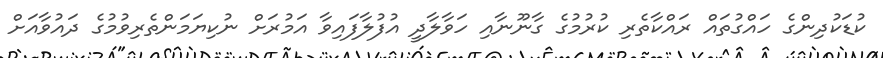
ކުޑަކުދިންގެ ހައްގުތައް ރައްކާތެރި ކުރުމުގެ ގާނޫނާއި ހަވާލާދީ އުފުލާފައިވާ އަމުރަށް ނުކިޔަމަންތެރިވުމުގެ ދައުވާއަށް